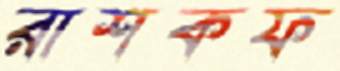
রাশকফ